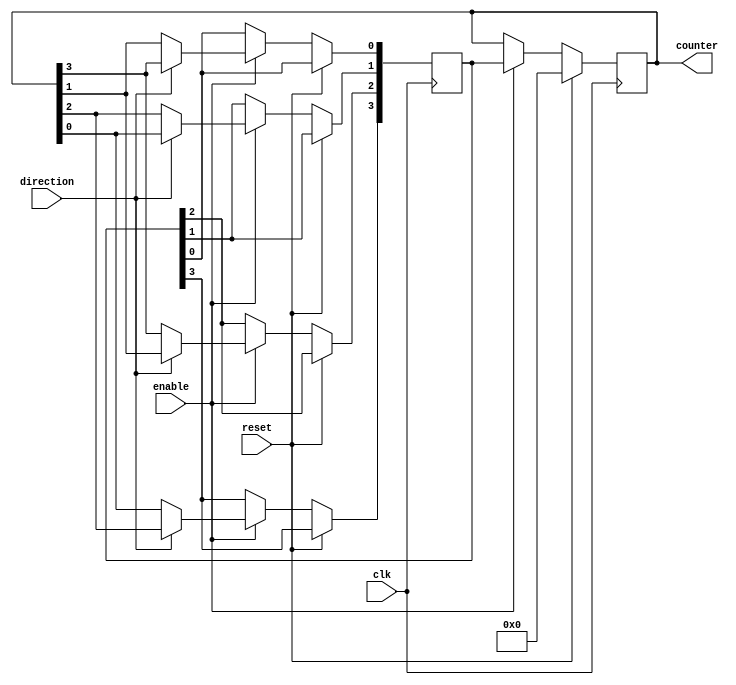
module johnson_counter (
    input wire clk,
    input wire reset,
    input wire enable,
    input wire direction, // 0 for down, 1 for up
    output reg [3:0] counter
);

reg [3:0] next_counter;

always @(posedge clk) begin
    if (reset) begin
        counter <= 4'b0000;
    end else begin
        if (enable) begin
            if (direction) begin // shift up
                next_counter[0] <= counter[3];
                next_counter[1] <= counter[0];
                next_counter[2] <= counter[1];
                next_counter[3] <= counter[2];
            end else begin // shift down
                next_counter[0] <= counter[1];
                next_counter[1] <= counter[2];
                next_counter[2] <= counter[3];
                next_counter[3] <= counter[0];
            end
            counter <= next_counter;
        end
    end
end

endmodule